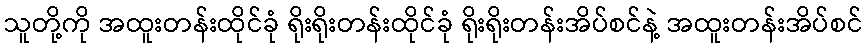
သူတို့ကို အထူးတန်းထိုင်ခုံ ရိုးရိုးတန်းထိုင်ခုံ ရိုးရိုးတန်းအိပ်စင်နဲ့ အထူးတန်းအိပ်စင်